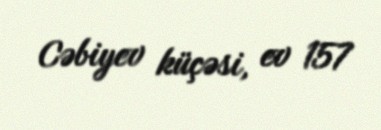
Cəbiyev küçəsi, ev 157